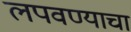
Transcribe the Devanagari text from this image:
लपवण्याचा